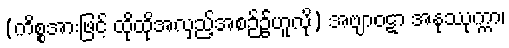
(ကိစ္စအားဖြင့် ထိုထိုအလှည့်အစဉ်၌ဟူလို) အဗျာဝဋာ အနုဿုက္ကာ၊